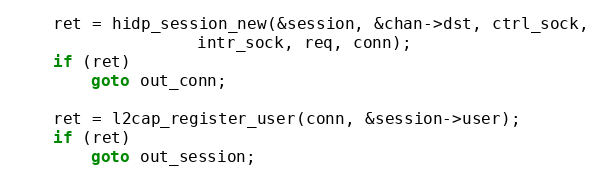
Language: C
	ret = hidp_session_new(&session, &chan->dst, ctrl_sock,
			       intr_sock, req, conn);
	if (ret)
		goto out_conn;

	ret = l2cap_register_user(conn, &session->user);
	if (ret)
		goto out_session;